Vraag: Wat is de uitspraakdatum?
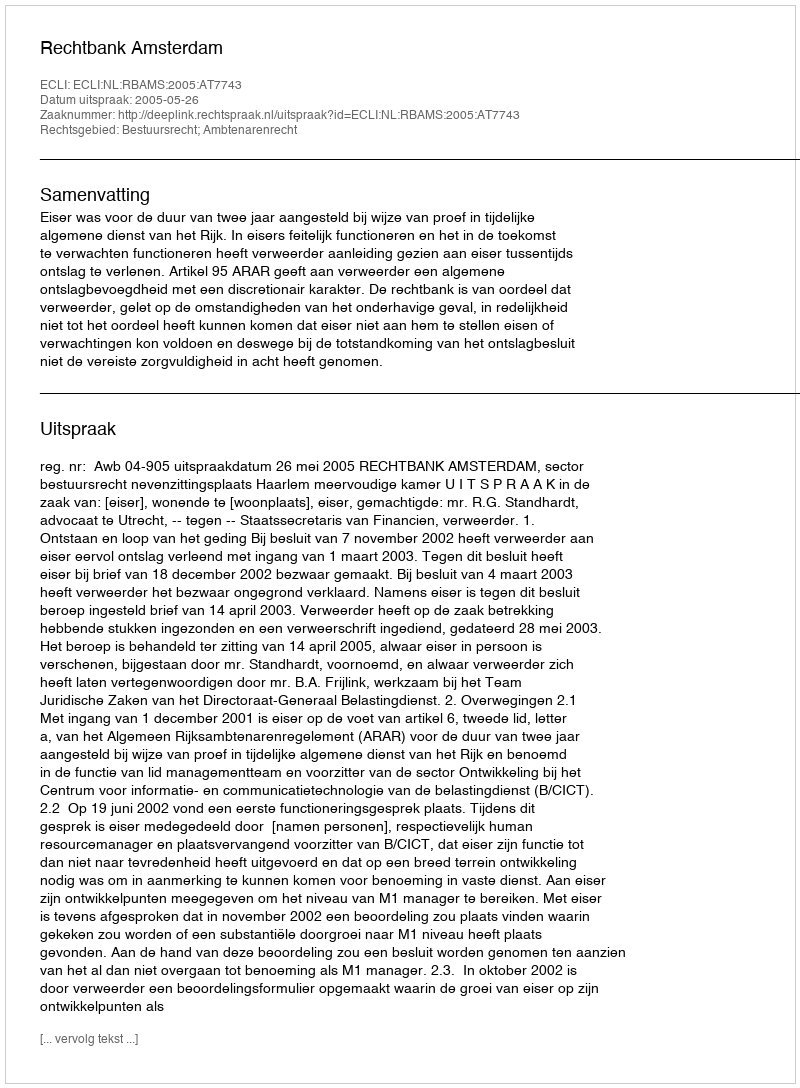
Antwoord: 2005-05-26